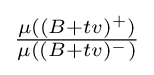
{\textstyle {\frac {\mu ((B+tv)^{+})}{\mu ((B+tv)^{-})}}}